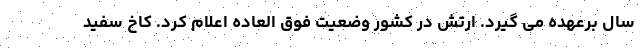
سال برعهده می گیرد. ارتش در کشور وضعیت فوق العاده اعلام کرد. کاخ سفید